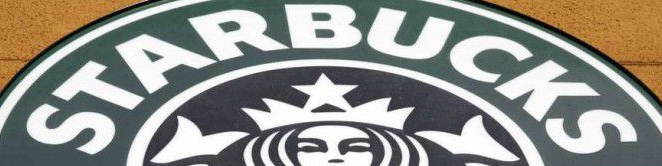
STARBUCKS